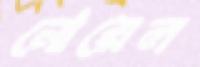
নোয়েল